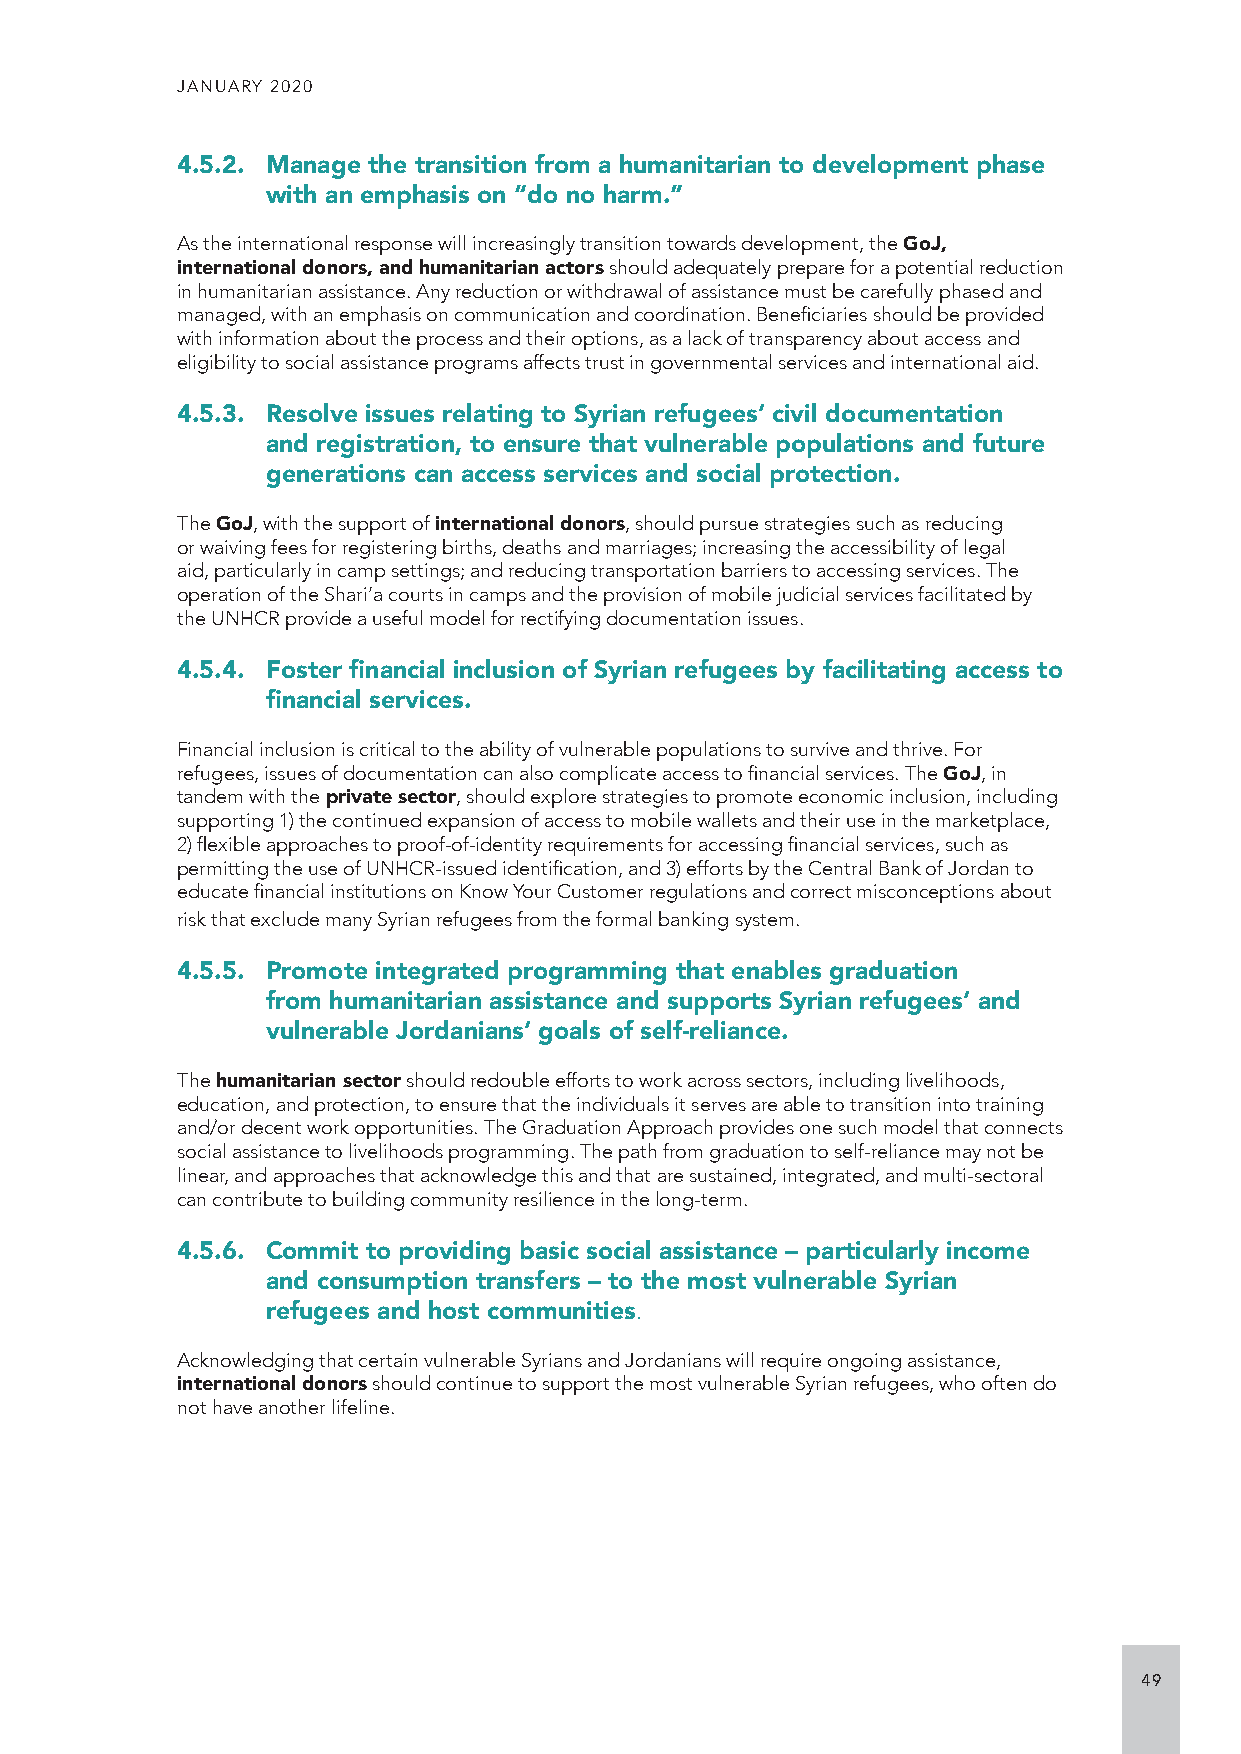
JANUARY 2020
 4.5.2. Manage the transition from a humanitarian to development phase
 with an emphasis on “do no harm.”
 As the international response will increasingly transition towards development, the GoJ,
 international donors, and humanitarian actors should adequately prepare for a potential reduction
 in humanitarian assistance. Any reduction or withdrawal of assistance must be carefully phased and
 managed, with an emphasis on communication and coordination. Beneficiaries should be provided
 with information about the process and their options, as a lack of transparency about access and
 eligibility to social assistance programs affects trust in governmental services and international aid.
 4.5.3. Resolve issues relating to Syrian refugees’ civil documentation
 and registration, to ensure that vulnerable populations and future
 generations can access services and social protection.
 The GoJ, with the support of international donors, should pursue strategies such as reducing
 or waiving fees for registering births, deaths and marriages; increasing the accessibility of legal
 aid, particularly in camp settings; and reducing transportation barriers to accessing services. The
 operation of the Shari’a courts in camps and the provision of mobile judicial services facilitated by
 the UNHCR provide a useful model for rectifying documentation issues.
 4.5.4. Foster financial inclusion of Syrian refugees by facilitating access to
 financial services.
 Financial inclusion is critical to the ability of vulnerable populations to survive and thrive. For
 refugees, issues of documentation can also complicate access to financial services. The GoJ, in
 tandem with the private sector, should explore strategies to promote economic inclusion, including
 supporting 1) the continued expansion of access to mobile wallets and their use in the marketplace,
 2) flexible approaches to proof-of-identity requirements for accessing financial services, such as
 permitting the use of UNHCR-issued identification, and 3) efforts by the Central Bank of Jordan to
 educate financial institutions on Know Your Customer regulations and correct misconceptions about
 risk that exclude many Syrian refugees from the formal banking system.
 4.5.5. Promote integrated programming that enables graduation
 from humanitarian assistance and supports Syrian refugees’ and
 vulnerable Jordanians’ goals of self-reliance.
 The humanitarian sector should redouble efforts to work across sectors, including livelihoods,
 education, and protection, to ensure that the individuals it serves are able to transition into training
 and/or decent work opportunities. The Graduation Approach provides one such model that connects
 social assistance to livelihoods programming. The path from graduation to self-reliance may not be
 linear, and approaches that acknowledge this and that are sustained, integrated, and multi-sectoral
 can contribute to building community resilience in the long-term.
 4.5.6. Commit to providing basic social assistance – particularly income
 and consumption transfers – to the most vulnerable Syrian
 refugees and host communities.
 Acknowledging that certain vulnerable Syrians and Jordanians will require ongoing assistance,
 international donors should continue to support the most vulnerable Syrian refugees, who often do
 not have another lifeline.
 49